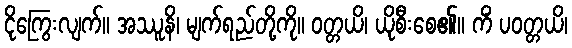
ငိုကြွေးလျက်။ အဿူနိ၊ မျက်ရည်တို့ကို။ ဝတ္တယိ၊ ယိုစီးစေ၏။ ကိံ ပဝတ္တယိ၊